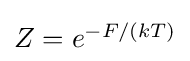
\textstyle Z=e^{-F/(kT)}